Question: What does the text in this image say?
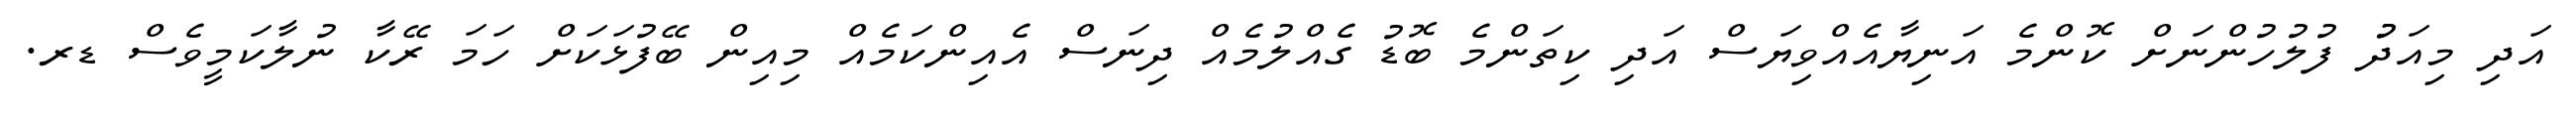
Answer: އަދި މިއަދުު ފުލުހުންނަށް ކޮންމެ އަނިޔާއެއްވިޔަސް އަދި ކިތަންމެ ބޮޑު ގެއްލުމެއް ދިނަސް އެއިންކަމެއް މިއިން ބޭފުޅަކަށް ހަމަ ރޭކާ ނުލާކަމީވެސް ޑރ.